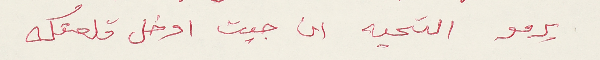
يرمو التحيه ان جيت ادخل قلعتك